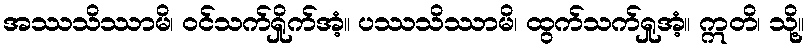
အဿသိဿာမိ၊ ဝင်သက်ရှိုက်အံ့။ ပဿသိဿာမိ၊ ထွက်သက်ရှုအံ့။ ဣတိ၊ သို့။